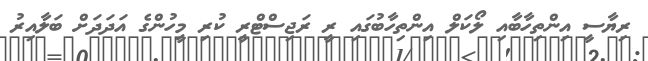
ރިޔާސީ އިންތިހާބާއި ލޯކަލް އިންތިހާބުގައި ރީ ރަޖިސްޓްރީ ކުރި މީހުންގެ އަދަދަށް ބަލާއިރު